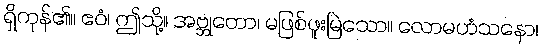
ရှိကုန်၏။ ဧဝံ၊ ဤသို့။ အဗ္ဘုတော၊ မဖြစ်ဖူးမြဲသော။ လောမဟံသနော၊